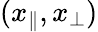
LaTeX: (x_{\parallel},x_{\perp})